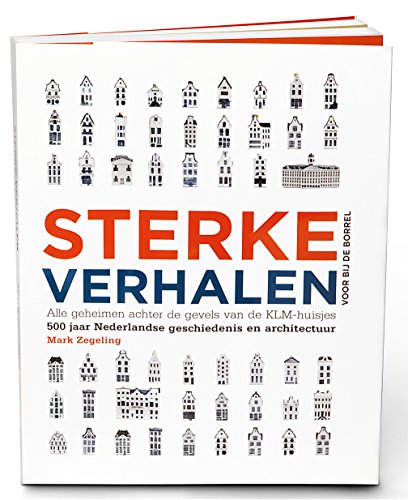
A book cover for Sterke Verhalen voor bij de borrel: Alle geheimen achter de KLM-huisjes. 500 jaar geschiedenis en architectuur (Dutch Edition); Mark Zegeling; History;